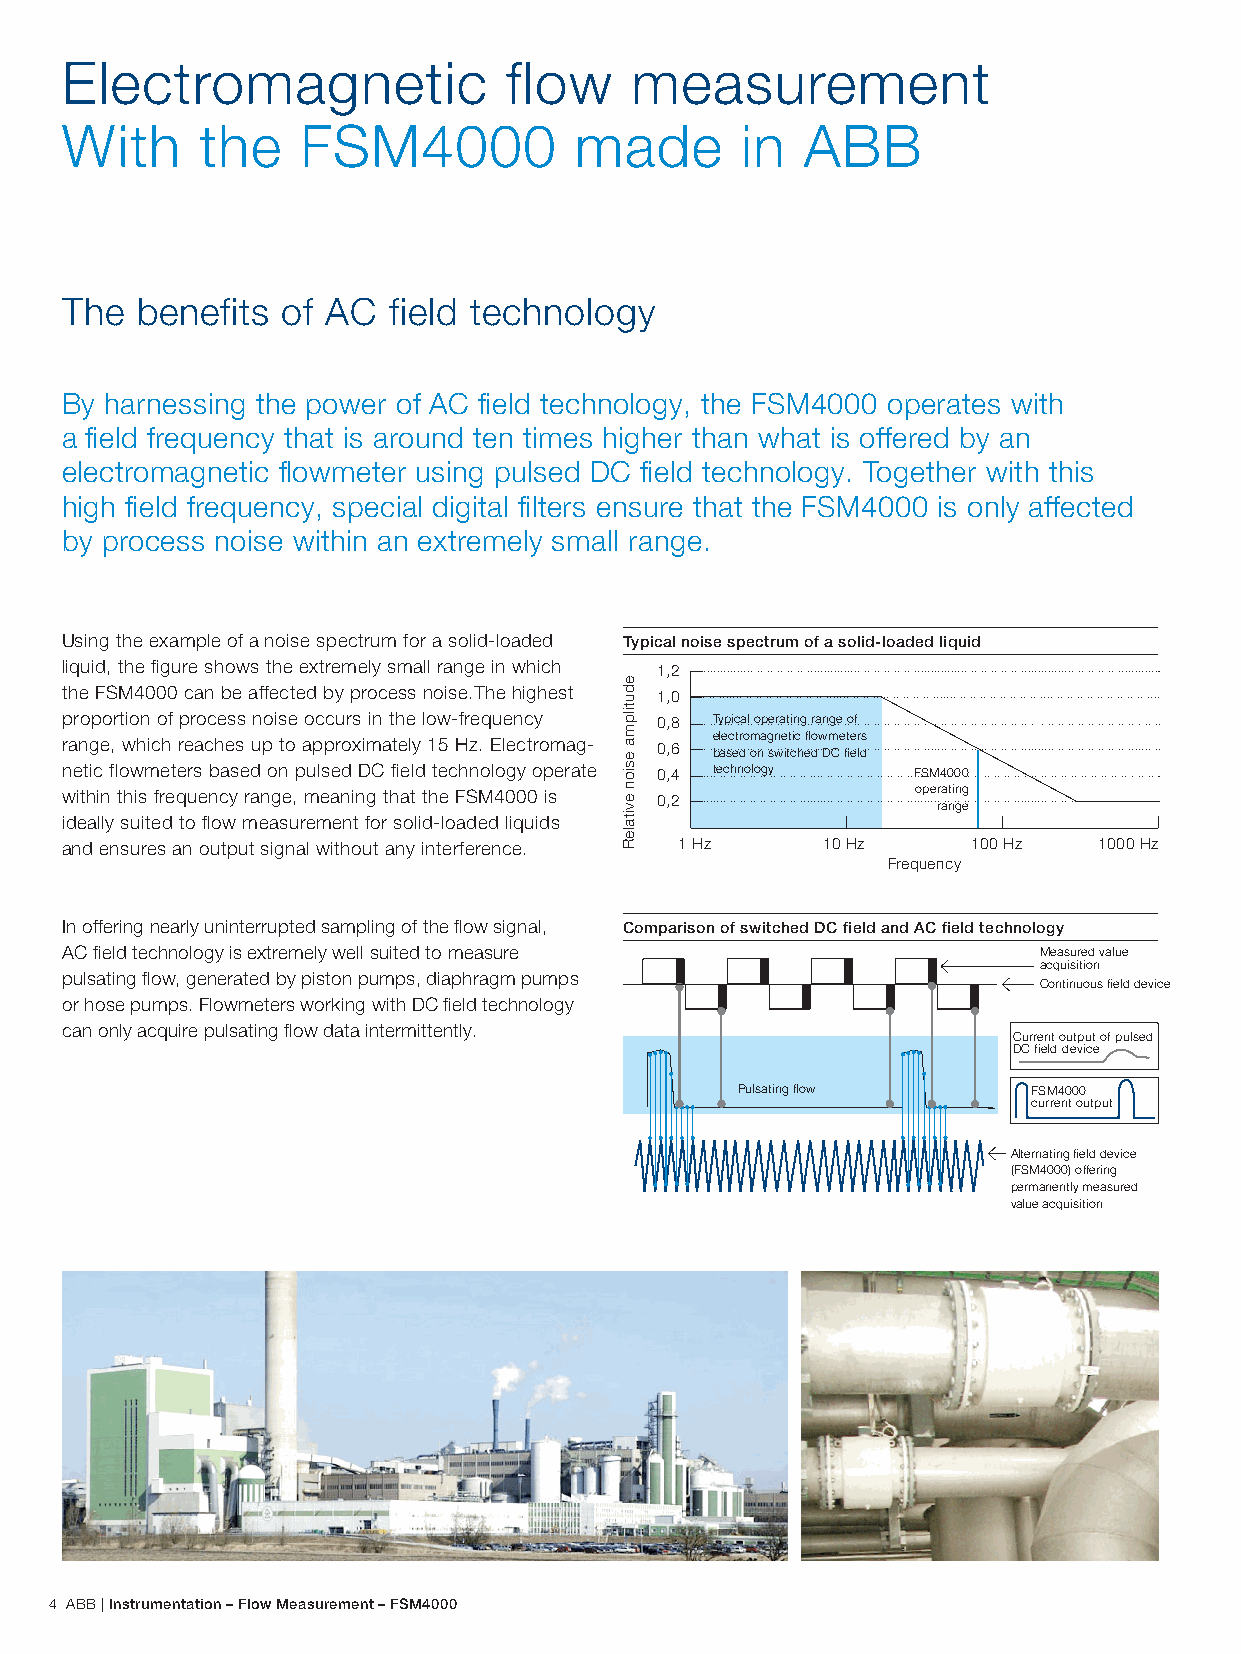
Electromagnetic              flow     measurement
 With     the    FSM4000           made       in  ABB
 The  benefits  of AC  field technology
 By harnessing the power of AC field technology, the FSM4000 operates with
 a field frequency that is around ten times higher than what is offered by an
 electromagnetic flowmeter using pulsed DC field technology. Together with this
 high field frequency, special digital filters ensure that the FSM4000 is only affected
 by process noise within an extremely small range.
 Using the example of a noise spectrum for a solid-loaded Typical noise spectrum of a solid-loaded liquid
 liquid, the figure shows the extremely small range in which 1,2
 the FSM4000 can be affected by process noise.The highest 1,0
 proportion of process noise occurs in the low-frequency 0,8 Typical operating range of
 electromagnetic flowmeters
 range, which reaches up to approximately 15 Hz. Electromag- 0,6 based on switched DC field
 netic flowmeters based on pulsed DC field technology operate 0,4 technology FSM4000
 within this frequency range, meaning that the FSM4000 is 0,2 ope rr aa ntin gg e
 ideally suited to flow measurement for solid-loaded liquids
 and ensures an output signal without any interference. 1 Hz 10 Hz 100 Hz 1000 Hz
 Frequency
 In offering nearly uninterrupted sampling of the flow signal, Comparison of switched DC field and AC field technology
 AC field technology is extremely well suited to measure          Measured value
 acquisition
 pulsating flow, generated by piston pumps, diaphragm pumps
 Continuous field device
 or hose pumps. Flowmeters working with DC field technology
 can only acquire pulsating flow data intermittently.
 Current output of pulsed
 DC field device
 Pulsating flow     FSM4000
 current output
 Alternating field device
 (FSM4000) offering
 permanently measured
 value acquisition
 4 ABB | Instrumentation – Flow Measurement – FSM4000
 edutilpma
 esion
 evitaleR